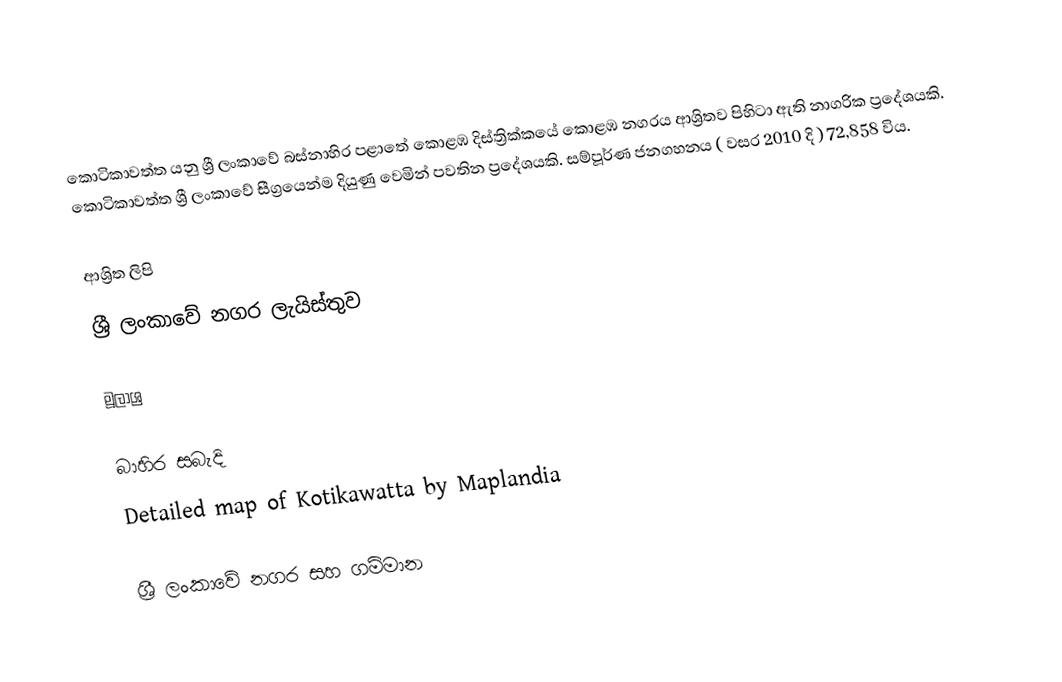
කොටිකාවත්ත යනු ශ්‍රී ලංකාවේ බස්නාහිර පළාතේ කොළඹ දිස්ත්‍රික්කයේ කොළඹ නගරය ආශ්‍රිතව පිහිටා ඇති නාගරික ප්‍රදේශයකි. කොටිකාවත්ත ශ්‍රී ලංකාවේ සීග්‍රයෙන්ම දියුණු වෙමින් පවතින ප්‍රදේශයකි. සම්පූර්ණ ජනගහනය ( වසර 2010 දි ) 72,858 විය.

ආශ්‍රිත ලිපි
ශ්‍රී ලංකාවේ නගර ලැයිස්තුව

මූලාශ්‍ර

බාහිර සබැදි
Detailed map of Kotikawatta by Maplandia

ශ්‍රී ලංකාවේ නගර සහ ගම්මාන